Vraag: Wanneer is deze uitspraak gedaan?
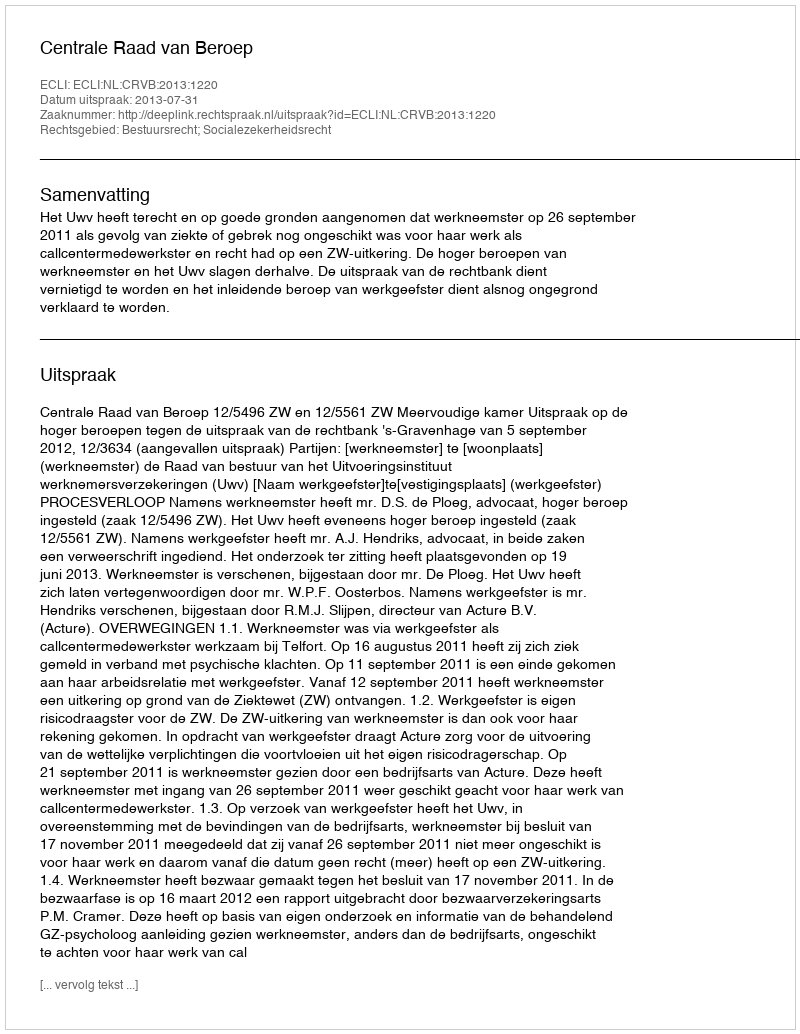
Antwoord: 2013-07-31